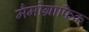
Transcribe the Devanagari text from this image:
मैमोग्राफिक